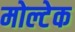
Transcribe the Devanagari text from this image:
मोल्टेक